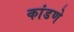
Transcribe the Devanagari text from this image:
कांडणे